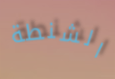
الشنطة